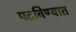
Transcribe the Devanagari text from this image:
पटविण्यात